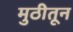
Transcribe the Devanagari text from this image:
मुठीतून